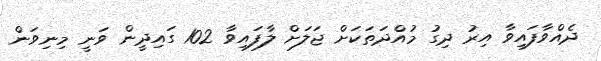
ދެއްވާފައިވާ އިރު ދިގު މުއްދަތަކަށް ޖަލަށް ލާފައިވާ 102 ގައިދީން ވަނީ މިނިވަން